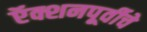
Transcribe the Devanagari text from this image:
ऍक्शनपूर्वीचे